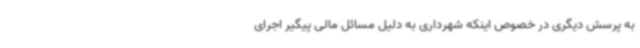
به پرسش دیگری در خصوص اینکه شهرداری به دلیل مسائل مالی پیگیر اجرای